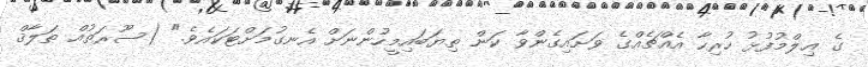
ގެ ޢިލްމުފުޅު ހުރިހާ އެއްޗެއްގެ ވަށައިގެންވާ ކަން ތިޔަބައިމީހުންނަށް އެނގުމަށްޓަކައެވެ." (ސޫރަތުއް ޠަލާޤް